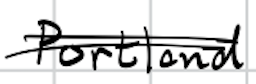
Text: Portland
Cross-out: mix
Writing tool: digital_black